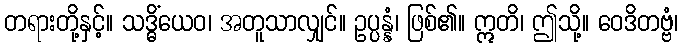
တရားတို့နှင့်။ သဒ္ဓိံယေဝ၊ အတူသာလျှင်။ ဥပ္ပန္နံ၊ ဖြစ်၏။ ဣတိ၊ ဤသို့။ ဝေဒိတဗ္ဗံ၊